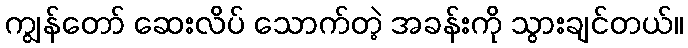
ကျွန်တော် ဆေးလိပ် သောက်တဲ့ အခန်းကို သွားချင်တယ်။